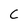
Character: C